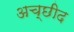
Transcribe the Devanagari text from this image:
अच्छीद